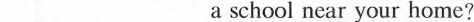
___ ___a school near your home?